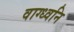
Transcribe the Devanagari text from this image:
वाग्ध्वनि